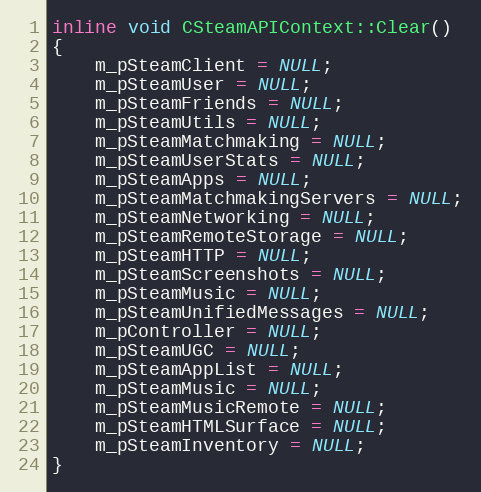
Language: C
inline void CSteamAPIContext::Clear()
{
	m_pSteamClient = NULL;
	m_pSteamUser = NULL;
	m_pSteamFriends = NULL;
	m_pSteamUtils = NULL;
	m_pSteamMatchmaking = NULL;
	m_pSteamUserStats = NULL;
	m_pSteamApps = NULL;
	m_pSteamMatchmakingServers = NULL;
	m_pSteamNetworking = NULL;
	m_pSteamRemoteStorage = NULL;
	m_pSteamHTTP = NULL;
	m_pSteamScreenshots = NULL;
	m_pSteamMusic = NULL;
	m_pSteamUnifiedMessages = NULL;
	m_pController = NULL;
	m_pSteamUGC = NULL;
	m_pSteamAppList = NULL;
	m_pSteamMusic = NULL;
	m_pSteamMusicRemote = NULL;
	m_pSteamHTMLSurface = NULL;
	m_pSteamInventory = NULL;
}